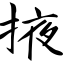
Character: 掖